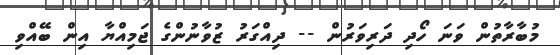
މުބާރާތުން ވަނަ ހޯދި ދަރިވަރުން -- ދިއްގަރު ޒުވާނުންގެ ޖަމިއްޔާ އިން ބޭއްވި